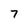
Character: 7